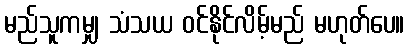
မည်သူကမျှ သံသယ ဝင်နိုင်လိမ့်မည် မဟုတ်ပေ။